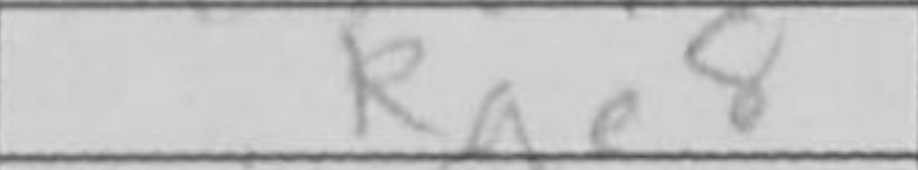
Transcription: Rae8